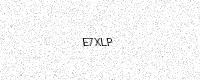
Text: E7XLP